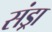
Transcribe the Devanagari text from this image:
संड्रा